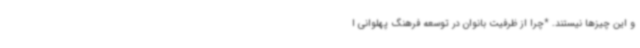
و این چیزها نیستند. *چرا از ظرفیت بانوان در توسعه فرهنگ پهلوانی ا